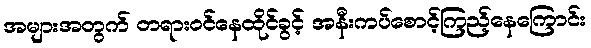
အများအတွက် တရားဝင်နေထိုင်ခွင့် အနီးကပ်စောင့်ကြည့်နေကြောင်း